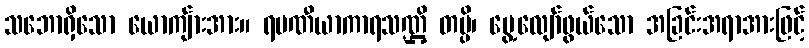
သဘောရှိသော ယောကျ်ားအား။ ရမဏီယာကာရသဏ္ဌိ တမ္ပိ၊ မွေ့လျော်ဖွယ်သော အခြင်းအရာအားဖြင့်